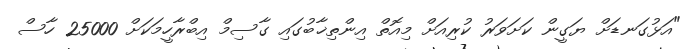
"އަޅުގަނޑަށް ޔަގީން ކަށަވަރު ކުރިއަށް މިއޮތް އިންތިޚާބުގައި ގާސިމް އިބްރާހީމަކަށް 25000 ހާސް